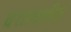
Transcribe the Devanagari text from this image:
वशावलीत